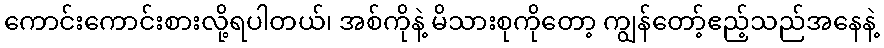
ကောင်းကောင်းစားလို့ရပါတယ်၊ အစ်ကိုနဲ့ မိသားစုကိုတော့ ကျွန်တော့်ဧည့်သည်အနေနဲ့